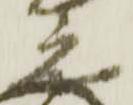
之